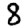
Digit: 8